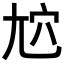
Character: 𡯜